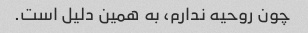
چون روحیه ندارم، به همین دلیل است.